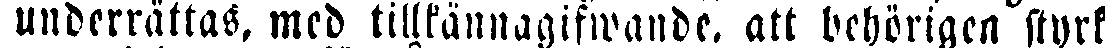
underrättas, med tillkännagifwande, att behörigen styrk